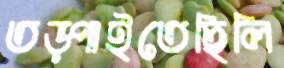
তড়্‌পাইতেছিলি